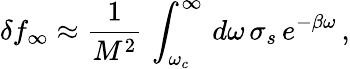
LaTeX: \delta f_{\infty}\approx\frac{1}{M^{2}}\, \int_{\omega_{c}}^{\infty}\, d\omega\, \sigma_{s}\, e^{-\beta\omega}\, ,